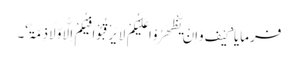
فرمایا ’کَیْفَ وَاِنْ یَّظْھَرُوْا عَلَیْکُمْ لَا یَرْقُبُوْا فِیْکُمْ اِلًّا وَّلَا ذِمَّۃً‘۔